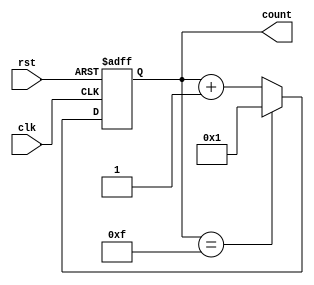
module ring_counter (
    input wire clk,
    input wire rst,
    output reg [3:0] count
);

reg [3:0] next_count;

always @(posedge clk or posedge rst) begin
    if (rst) begin
        count <= 4'b0001; // Initialize the counter to the first state
    end else begin
        count <= next_count;
    end
end

always @(*) begin
    next_count = count + 1; // Increment the counter for the next state
    if (count == 4'b1111) begin
        next_count = 4'b0001; // Reset the counter to the first state
    end
end

endmodule